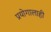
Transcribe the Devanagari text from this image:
प्रयोगालाही